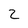
Character: Z